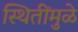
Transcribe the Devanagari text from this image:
स्थितींमुळे